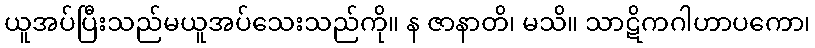
ယူအပ်ပြီးသည်မယူအပ်သေးသည်ကို။ န ဇာနာတိ၊ မသိ။ သာဋိကဂါဟာပကော၊